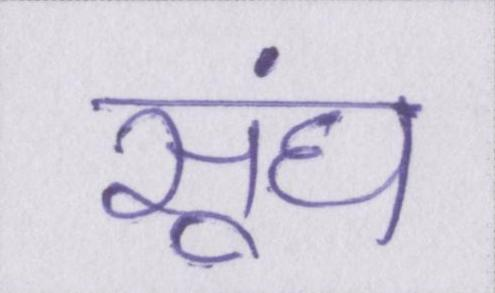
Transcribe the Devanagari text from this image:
सूंघ